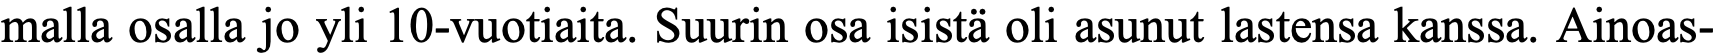
malla osalla jo yli 10-vuotiaita. Suurin osa isistä oli asunut lastensa kanssa. Ainoas-